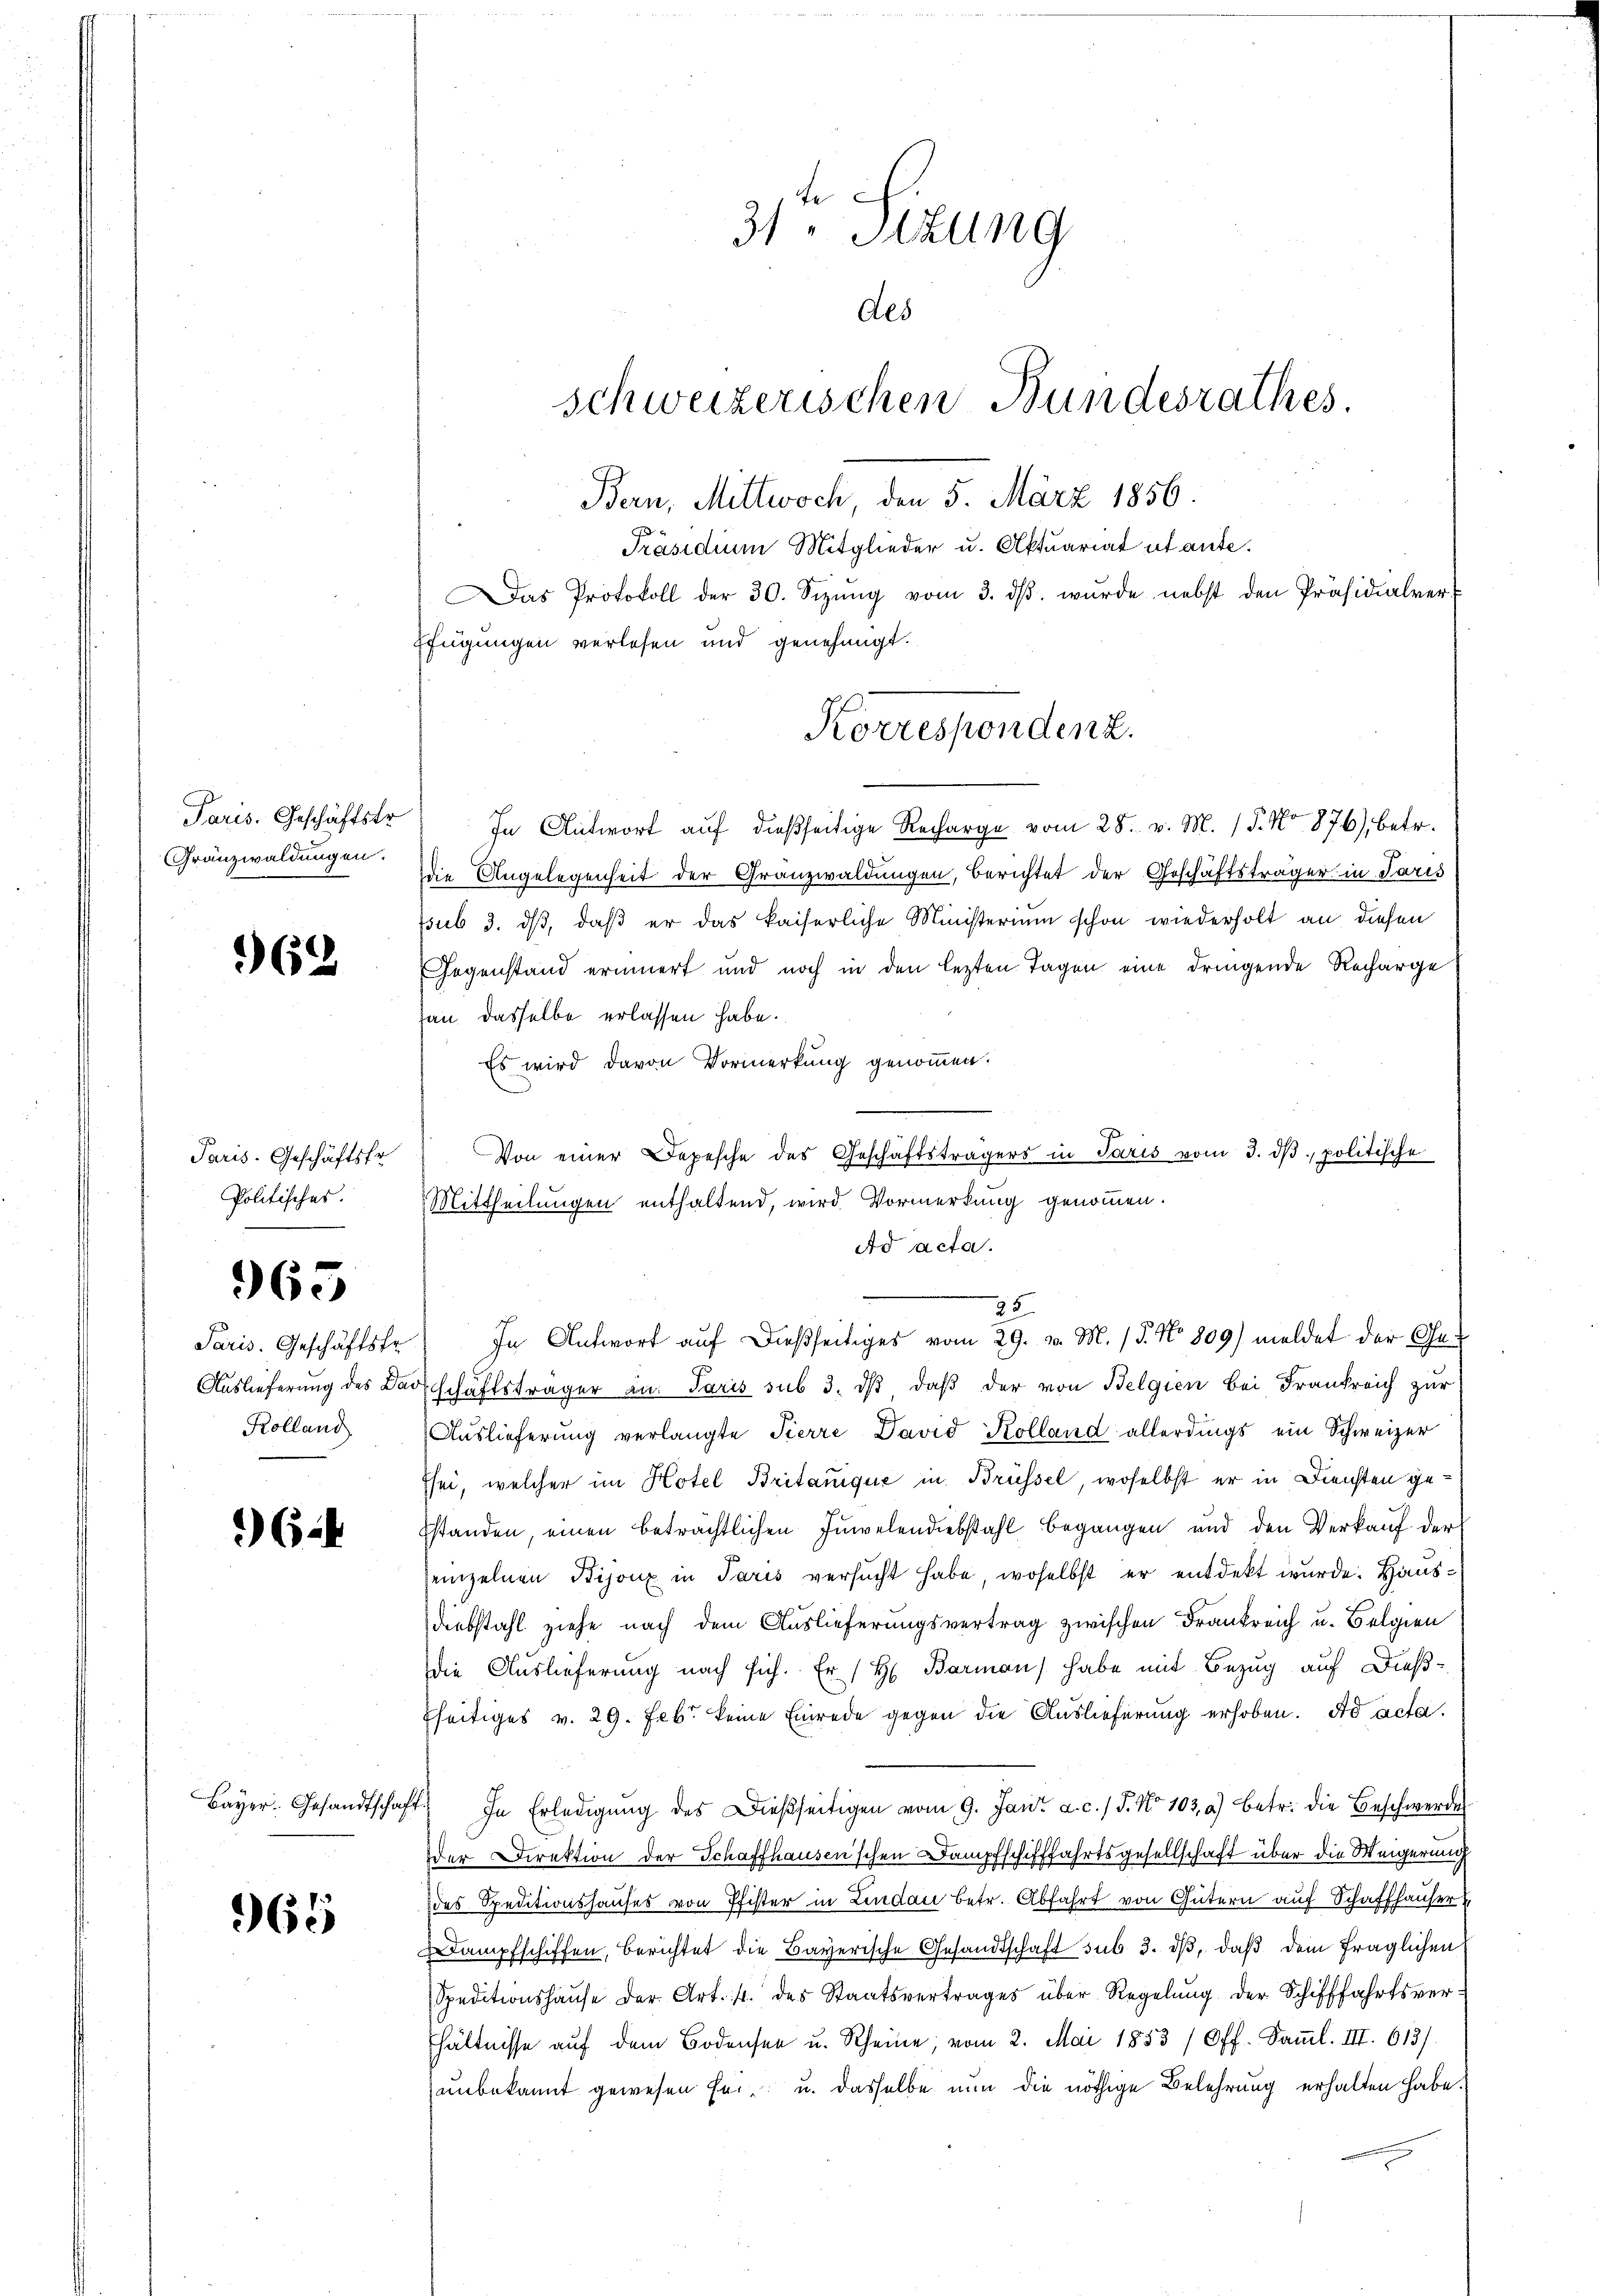
Paris. Geschäftstr.
Granzwaldungen.

162

Paris. Geschäftsfr
Politisches.

965

Kolland

64

962

Das Protokoll der 30. Sizŭng vom 3. dβ. wŭrde nebst den Präsidialver-
Efügungen verlesen und genehmigt.
In Antwort auf dießseitige Recharge vom 28. v. M. 15. No. 876), betr.
die Angelegenheit der Granzwaldungen, berichtet der Geschäftsträger in Paris
psub 3. dβ, daß er das kaiserliche Ministerium schon wiederholt an diesen
Gegenstand erinnert und noch in den lezten Tagen eine dringende Recharge
an dasselbe erlassen habe.
Es wird davon Vormerkung genommen.
Von einer Depesche des Geschäftsträgers in Paris vom 3. dβ. politische
Mittheilungen enthaltend, wird Vormerkung genommen.
Ad acta.
e
Paris. Geschäftste) In Antwort aŭf dießseitiges vom 29. v. M. 15. No 809) meldet der Ge-
Auslieferung des Barschäftsträger an. Paris sub 3. dß daß der von Belgien bei Frankreich zur
Auslieferung verlangte Pierre David Kolland allerdings ein Schweizer
Esei, welcher im Hotel Britanique in Brüssel, woselbst er in Diensten gestanden, einen beträchtlichen Inselendiebstahl begangen und den Verkauf der
einzelnen Bijoux in Paris versucht habe, woselbst er entdekt wurde. Haus¬
Diebstahl ziehe nach dem Auslieferungsvertrag zwischen Frankreich u. Belgien
die Auslieferung nach sich. Er / H. Barman habe mit Bezug auf Dießfseitiges v. 29. Feb keine Einrede gegen die Auslieferung erhoben. Ad acta.
Bayer. Gesandtschaft. In Erledigŭng des Dießseitigen vom 9. Jan. a. c. / 5. No 103. a) betr. die Beschwerde
der Direktion der Schaffhausen'schen Dampfschifffahrtsgesellschaft über die Weigerung
des Speditionshauses von Pfister in Lindau betr. Abfahrt von Gütern auf Schaffhauser
dampfschiffen, berichtet die Bayerische Gesandtschaft sub 3. dβ, daß dem fraglichen
Speditionshaŭse der Art. 4. des Staatsvertrages über Regelŭng der Schifffahrtsver-
hältnisse aŭf dem Bodensee u. Rheine, vom 2. Mai 1853 (Off. Saṁl. III. 613).
unbekannt gewesen sei u. dasselbe nun die nöthige Belehrung erhalten habe.

31ten Sizung
des
schweizerischen Bundesrathes.
Bern, Mittwoch, den 5. März 1856.

Präsidium Mitglieder u. Aktuariat utante.

Korrespondenz.

25.